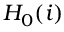
H _ { 0 } ( i )